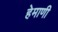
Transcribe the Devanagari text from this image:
हेमाणी